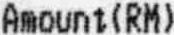
AMOUNT(RM)